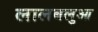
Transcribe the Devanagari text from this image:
लालबलुआ